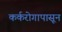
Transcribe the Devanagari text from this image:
कर्करोगापासून